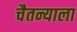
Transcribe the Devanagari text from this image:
चैतन्याला